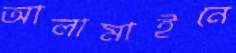
আলামাইনে